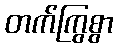
တက်ကြွစွာ